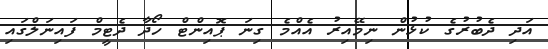
އަދި ދެބުރުގެ ކުޅުން ނިމޭއިރު އެއްމެ ގިނަ ޕޮއިންޓް ހޯދާ ދެޓީމް ފައިނަލްގައި